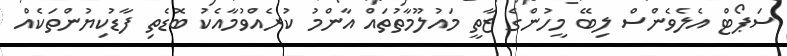
ސަޕޯޓް އެލެވެންސް ލިބޭ މީހުންގެ ޒާތީ މައުލޫމާތުތައް އާންމު ކުރެއްވުމާއެކު ބޮޑެތި ފާޑުކިޔުންތަކެއް